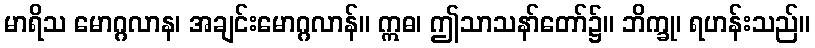
မာရိသ မောဂ္ဂလာန၊ အချင်းမောဂ္ဂလာန်။ ဣဓ၊ ဤသာသနာ်တော်၌။ ဘိက္ခု၊ ရဟန်းသည်။